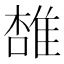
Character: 𨿟